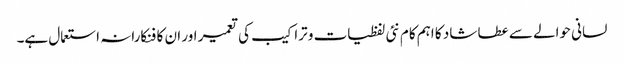
لسانی حوالے سے عطا شاد کا اہم کام نئی لفظیات و تراکیب کی تعمیر اور ان کا فنکارانہ استعمال ہے۔